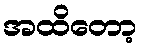
အထိတော့